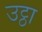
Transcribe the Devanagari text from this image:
उट्ठा